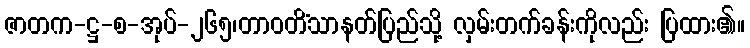
ဇာတက-ဋ္ဌ-စ-အုပ်-၂၆၅၊တာဝတိံသာနတ်ပြည်သို့ လှမ်းတက်ခန်းကိုလည်း ပြထား၏။